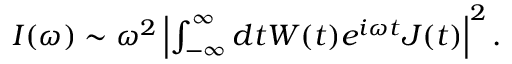
\begin{array} { r } { I ( \omega ) \sim \omega ^ { 2 } \left| \int _ { - \infty } ^ { \infty } d t W ( t ) e ^ { i \omega t } \boldsymbol J ( t ) \right| ^ { 2 } . } \end{array}